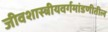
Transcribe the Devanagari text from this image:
जीवशास्त्रीयवर्गमांडणीतील